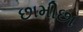
છામીછા